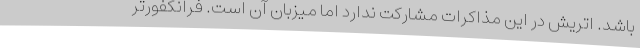
باشد. اتریش در این مذاکرات مشارکت ندارد اما میزبان آن است. فرانکفورتر